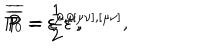
P _ { 0 } = \varepsilon ^ { 0 , 0 } , \hspace { 0 . 3 i n } \overline { { { P } } } = \varepsilon ^ { \mu , \mu } , \hspace { 0 . 3 i n } \overline { { { \overline { { { P } } } } } } = \frac 1 2 \varepsilon ^ { [ \mu \nu ] , [ \mu \nu ] } ,